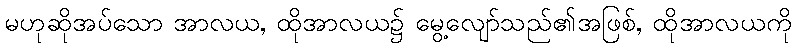
မဟုဆိုအပ်သော အာလယ, ထိုအာလယ၌ မွေ့လျော်သည်၏အဖြစ်, ထိုအာလယကို